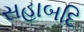
સહાબદિ